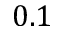
0 . 1